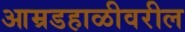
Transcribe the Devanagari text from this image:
आम्रडहाळीवरील